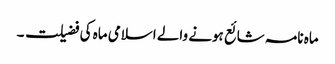
ماہ نامہ شائع ہونے والے اسلامی ماہ کی فضیلت ۔